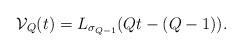
LaTeX: \begin{align*} {\mathcal V}_Q(t) = L_{\sigma_{Q-1}}(Qt - (Q-1)).\end{align*}